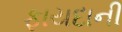
ફાયદાની